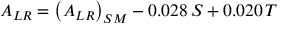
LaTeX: A _ { L R } = \left( A _ { L R } \right) _ { S M } - 0 . 0 2 8 \, S + 0 . 0 2 0 \, T